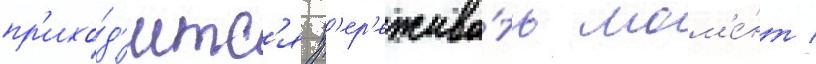
пр'ихо́д'итс'я п'ер'ежива́ть мом'е́нт /